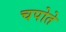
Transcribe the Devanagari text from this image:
चपोते